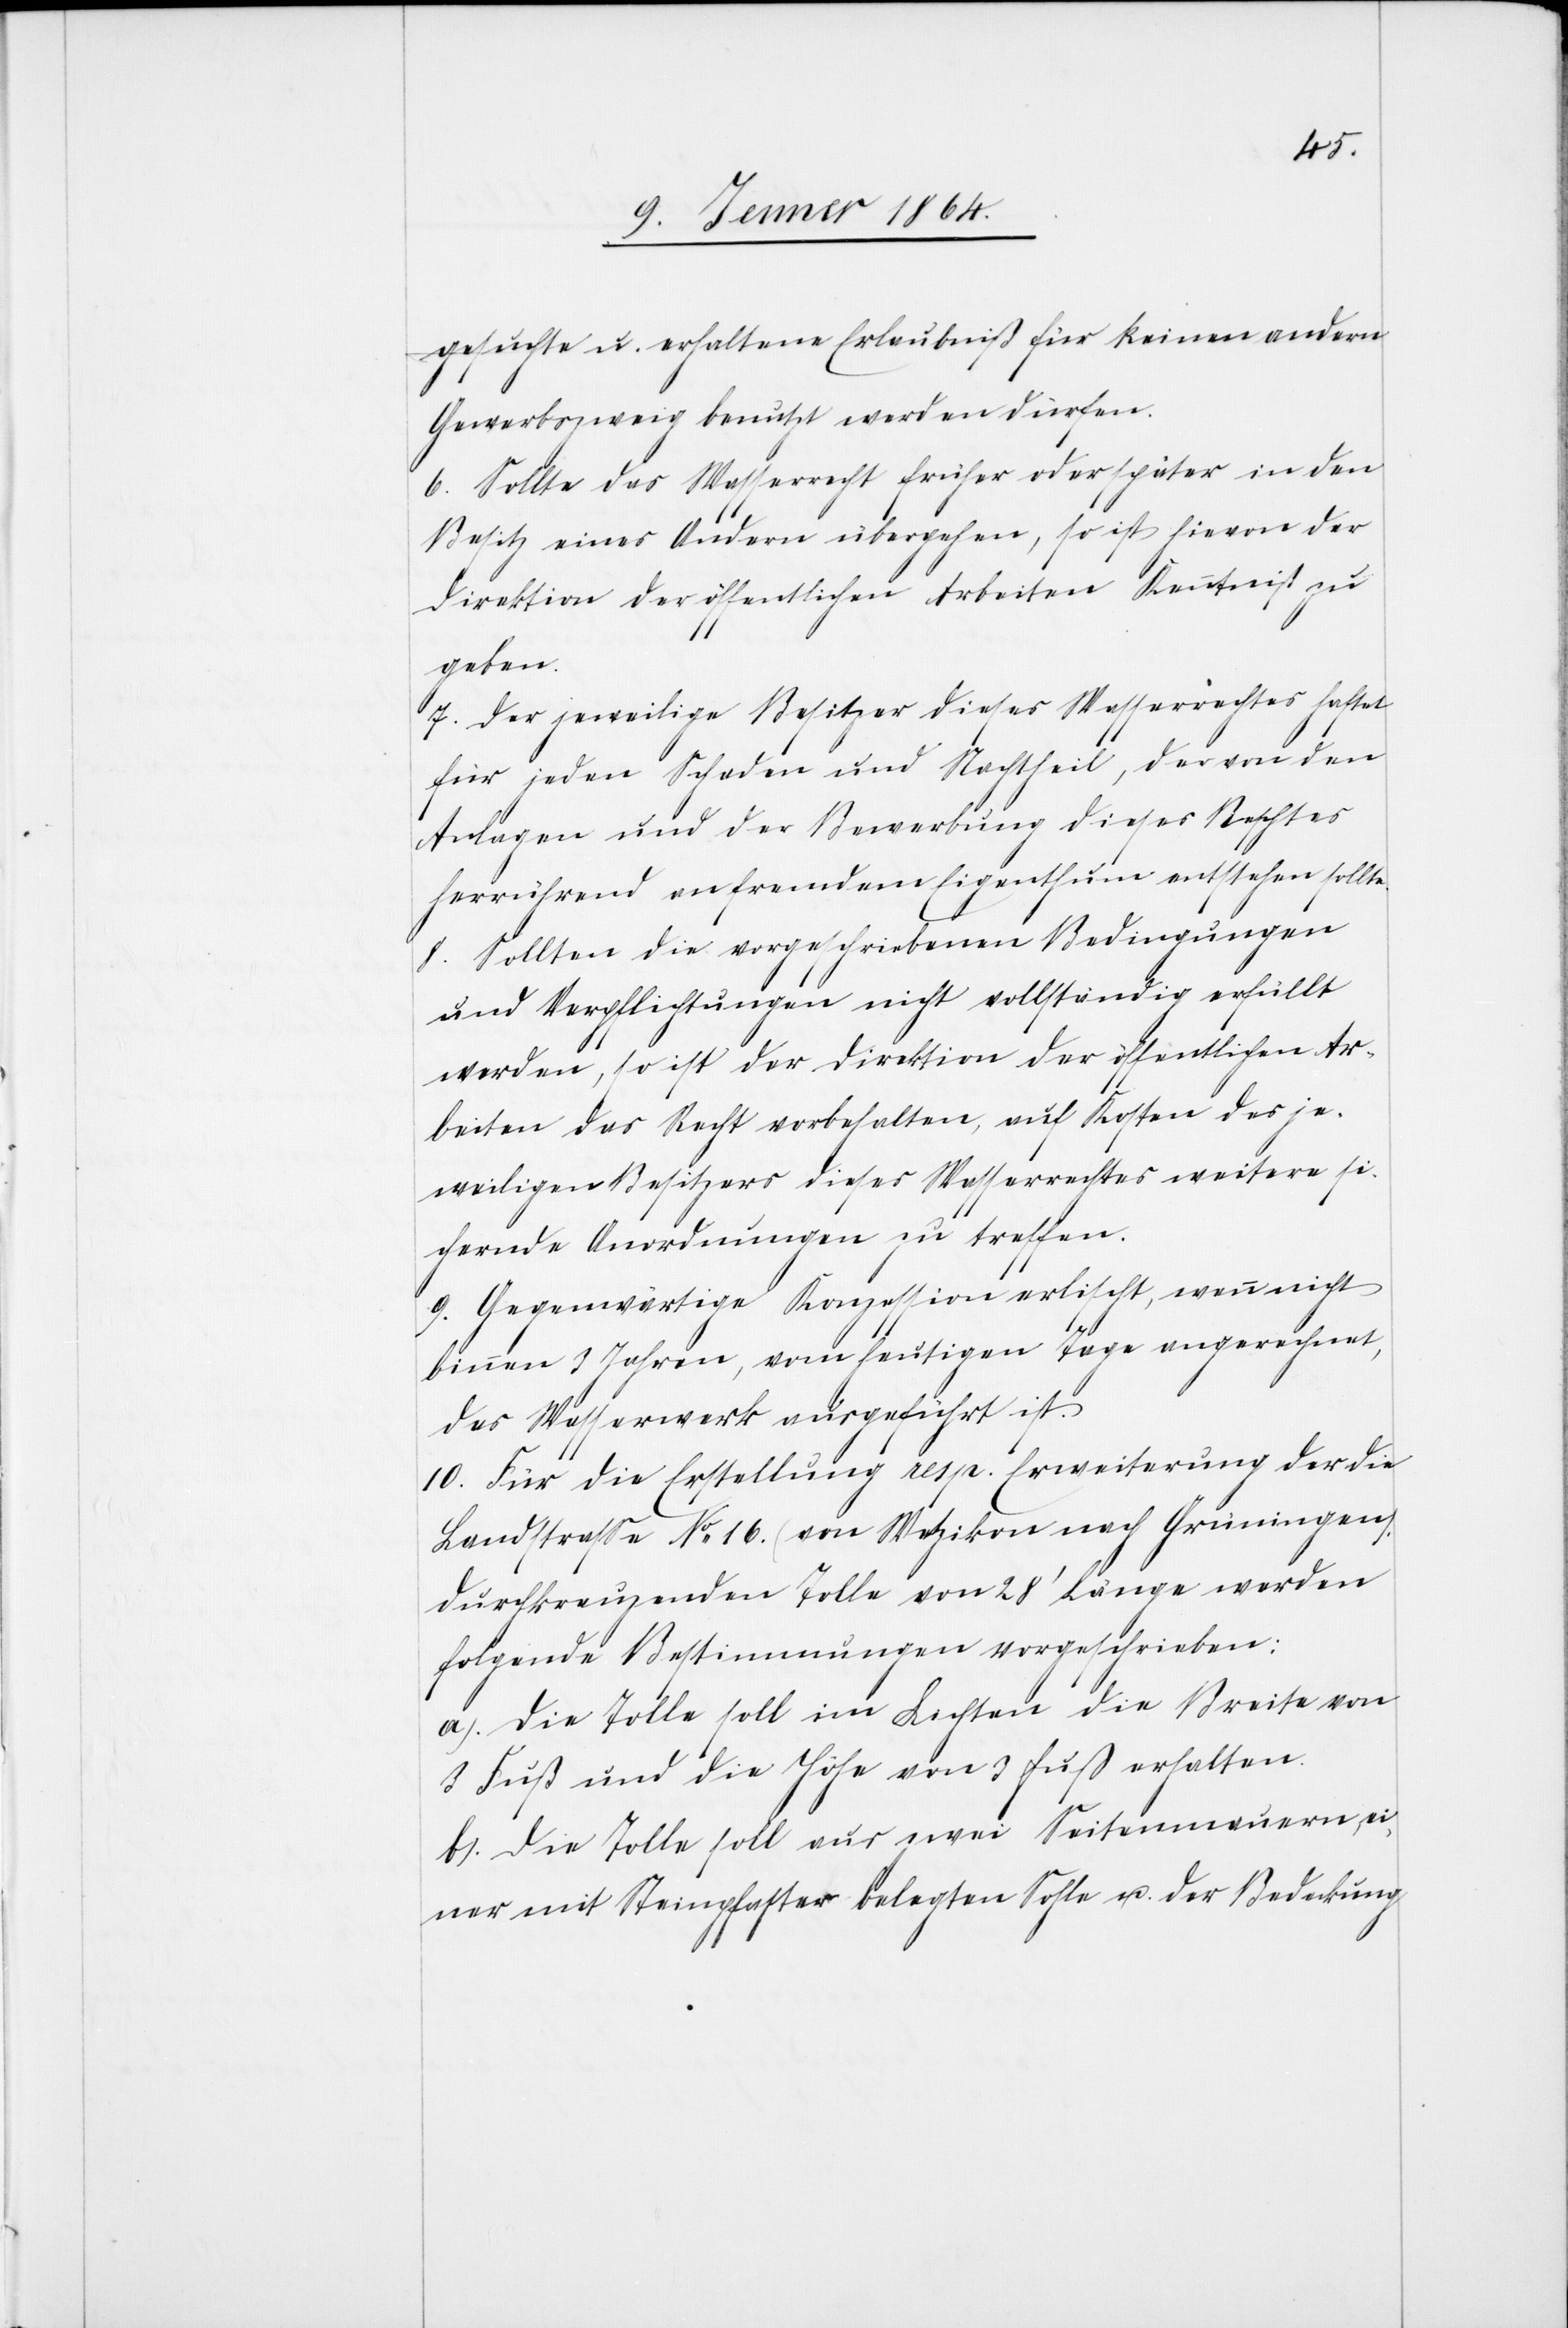
gesuchte u. erhaltene Erlaubnis für keinen andern
Gewerbezweig benutzt werden dürfen.
6.) Sollte das Wasserrecht früher oder später in den
Besitz eines Andern übergehen, so ist hievon der
Direktion der öffentlichen Arbeiten Kenntniß zu
geben.
7.) Der jeweilige Besitzer dieses Wasserrechtes haftet
für jeden Schaden und Nachtheil, der von den
Anlagen und der Bewerbung dieses Rechtes
herrührend an fremdem Eigenthum entstehen sollte.
8.) Sollten die vorgeschriebenen Bedingungen
und Verpflichtungen nicht vollständig erfüllt
werden, so ist der Direktion der öffentlichen Ar¬
beiten das Recht vorbehalten, auf Kosten der je¬
weiligen Besitzer dieses Wasserrechtes weitere si¬
chernde Anordnungen zu treffen.
9.) Gegenwärtige Konzession verlischt, wenn nicht
binnen 3 Jahren, vom heutigen Tage angerechnet,
das Wasserwerk ausgeführt ist.
10.) Für die Erstellung resp. Erweiterung der die
Landstrasse Nr. 16. (von Wetzikon nach Grüningen)
durchkreuzenden Tolle von 28' Länge werden
folgende Bestimmungen vorgeschrieben:
a) Die Tolle soll im Lichten die Breite von
3 Fuß und die Höhe von 3 Fuß erhalten.
b) Die Tolle soll nur zwei Seitenmauern, ei¬
ner mit Steinpflaster belegten Sohle u. der Bedeckung